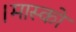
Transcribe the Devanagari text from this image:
।मास्को